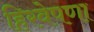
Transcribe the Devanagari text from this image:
हिरवेपणा